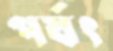
পর্ষৎ